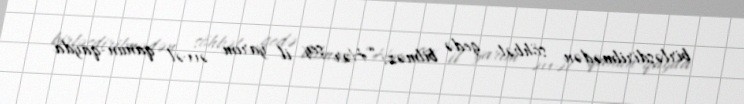
birləşdirilmədən söhbət gedə bilməz: “Hər şey il yarım əvvəl qanun-qayda